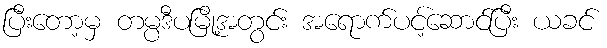
ပြီးတော့မှ တမ္ပဒီပမြို့အတွင်း အရောက်ပင့်ဆောင်ပြီး ယခင်